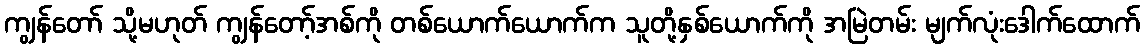
ကျွန်တော် သို့မဟုတ် ကျွန်တော့်အစ်ကို တစ်ယောက်ယောက်က သူတို့နှစ်ယောက်ကို အမြဲတမ်း မျက်လုံးဒေါက်ထောက်